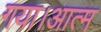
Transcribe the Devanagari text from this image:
गया।आत्म